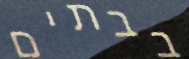
בבתים